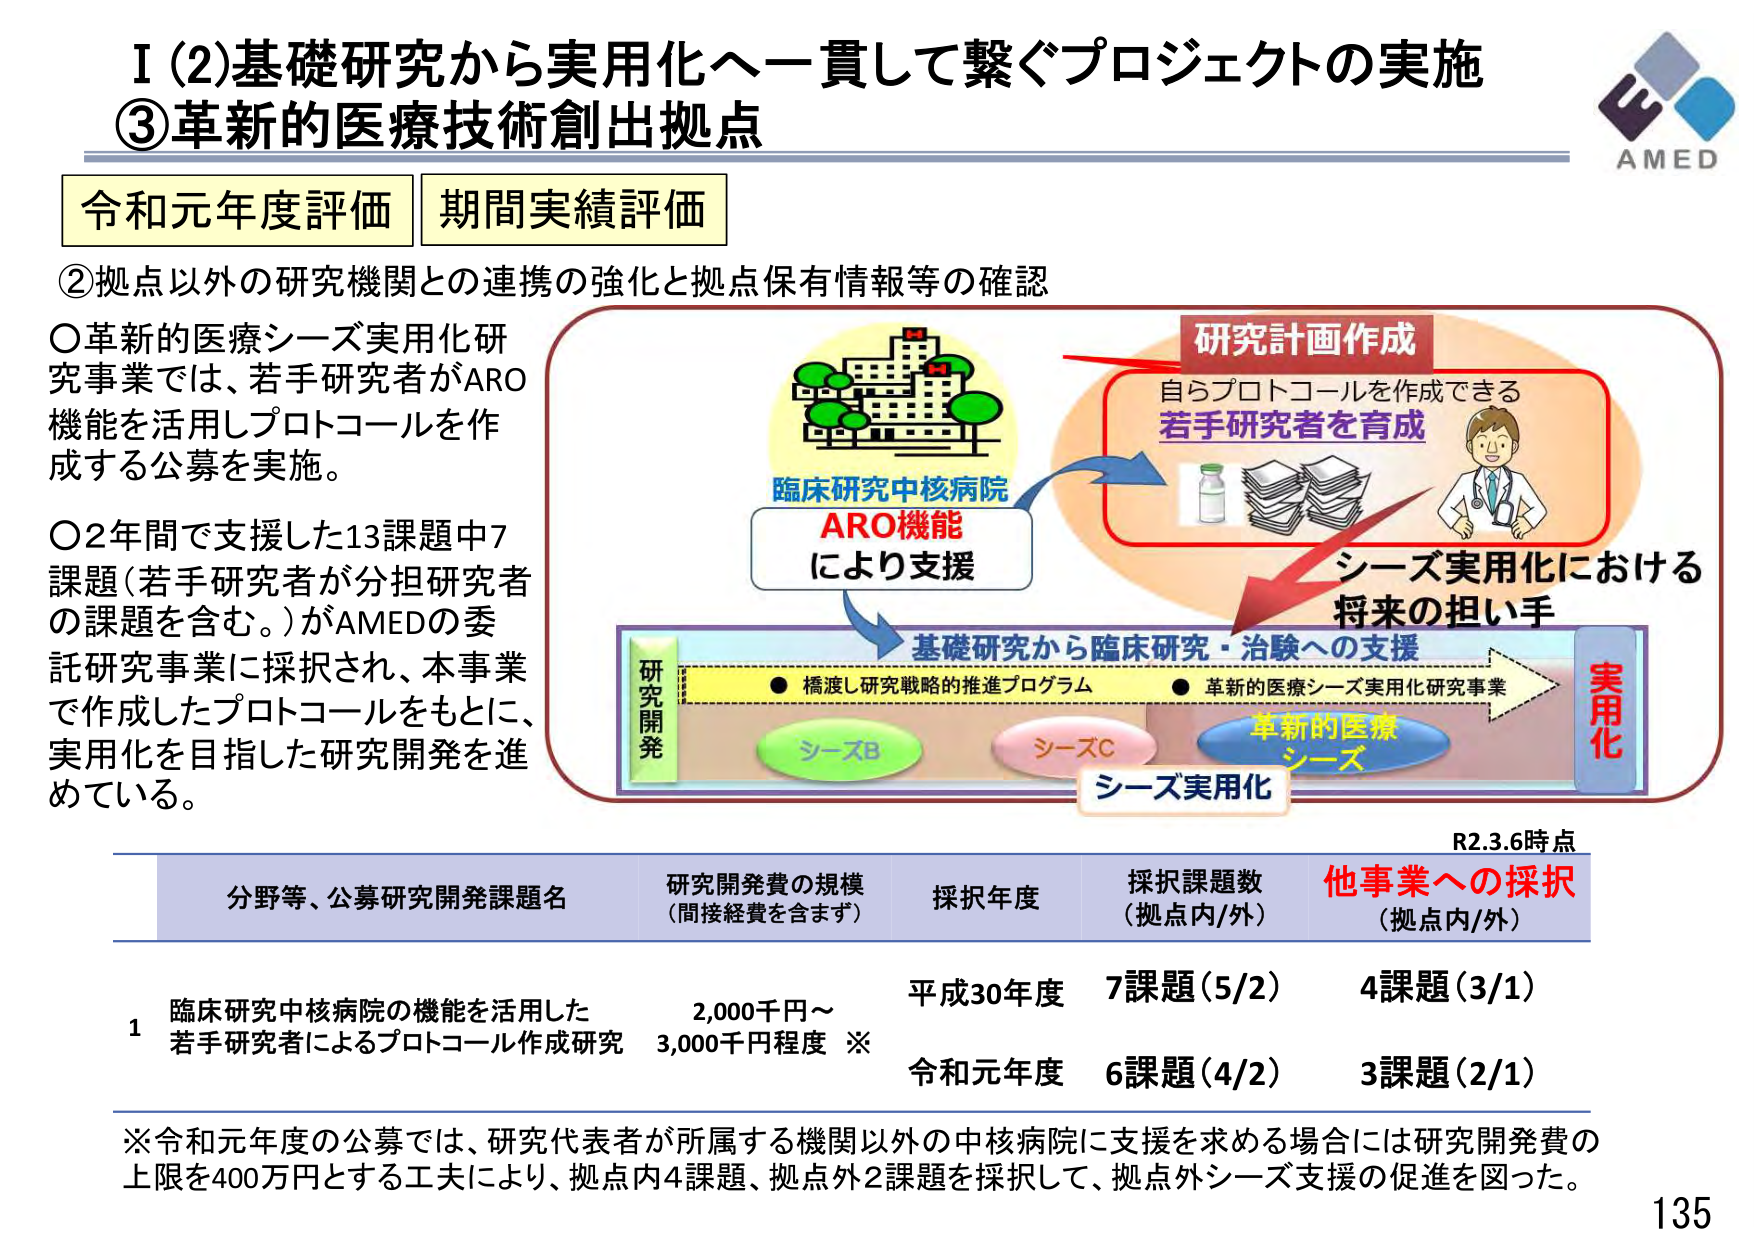
I (2) 基礎研究から実用化へ一貫して繋ぐプロジェクトの実施
③ 革新的医療技術創出拠点

令和元年度評価 期間実績評価

② 拠点以外の研究機関との連携の強化と拠点保有情報等の確認

○ 革新的医療シーズ実用化研究事業では、若手研究者がARO機能を活用しプロトコールを作成する公募を実施。

○ 2年間で支援した13課題中7課題（若手研究者が分担研究者の課題を含む。）がAMEDの委託研究事業に採択され、本事業で作成したプロトコールをもとに、実用化を目指した研究開発を進めている。

研究計画作成
自らプロトコールを作成できる
若手研究者を育成
シーツ実用化における将来の担い手

臨床研究中核病院
ARO機能により支援

基礎研究から臨床研究・治験への支援
● 橋渡し研究戦略の推進プログラム
● 革新的医療シーズ実用化研究事業

研究開発
シーズB
シーズC
革新的医療シーズ
シーズ実用化
実用化

R2.3.6時点

分野等、公募研究開発課題名
研究開発費の規模（間接経費を含まず）
採択年度
採択課題数（拠点内/外）
他事業への採択（拠点内/外）

1 臨床研究中核病院の機能を活用した
若手研究者によるプロトコール作成研究
2,000千円～3,000千円程度 ※
平成30年度
7課題（5/2）
4課題（3/1）
令和元年度
6課題（4/2）
3課題（2/1）

※ 令和元年度の公募では、研究代表者が所属する機関以外の中核病院に支援を求める場合には研究開発費の上限を400万円とする工夫により、拠点内4課題、拠点外2課題を採択して、拠点外シーズ支援の促進を図った。

AMED
135